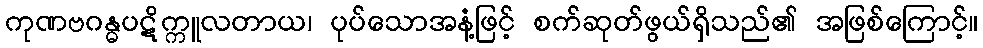
ကုဏဗဂန္ဓပဋိက္ကူလတာယ၊ ပုပ်သောအနံ့ဖြင့် စက်ဆုတ်ဖွယ်ရှိသည်၏ အဖြစ်ကြောင့်။